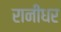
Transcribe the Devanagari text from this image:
रानीधर